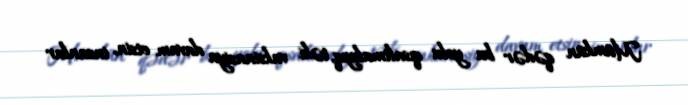
Mümkün qədər bu yolu qısaltmalıyıq, təki vaksinasiya davam etsin, insanlar